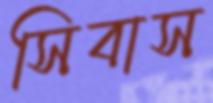
সিবাস